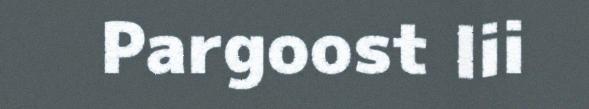
Pargoost lii